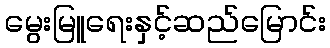
မွေးမြူရေးနှင့်ဆည်မြောင်း